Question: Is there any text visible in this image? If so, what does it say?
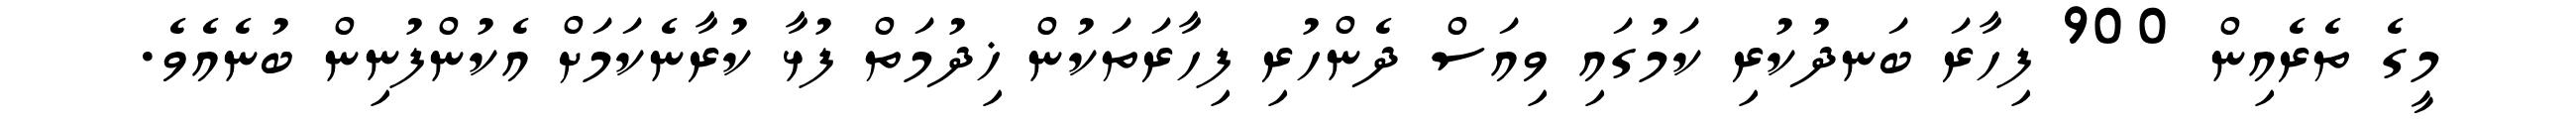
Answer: މީގެ ތެރެއިން 900 ފިހާރަ ބަނދުކުރި ކަމުގައި ވިއަސް ދެންހުރި ފިހާރަތަކުން ޚިދުމަތް ފުޅާ ކުރާނެކަމަށް އެކުންފުނިން ބުނެއެވެ.